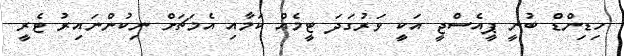
ހިޑިންޑް ބުނީ ޕީއެސްޖީ އަކީ ވަރުގަދަ ޓީމެއް ކަމާއި އެމަޗަށް ނިކުންނައިރު ޓެރީ